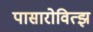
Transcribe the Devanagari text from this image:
पासारोवित्झ